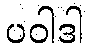
ပဝါဒါ